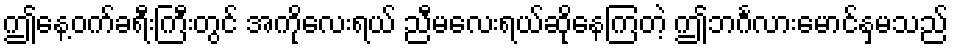
ဤနေ့ဝက်ခရီးကြီးတွင် အကိုလေးရယ် ညီမလေးရယ်ဆိုနေကြတဲ့ ဤဘင်္ဂလားမောင်နှမသည်